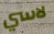
لاسي